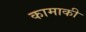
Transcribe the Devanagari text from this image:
कामाकी